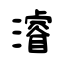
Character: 濬